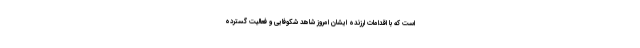
است که با اقدامات ارزنده ایشان امروز شاهد شکوفایی و فعالیت گسترده